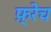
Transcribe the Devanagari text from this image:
फ़्रेच